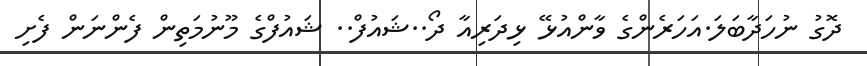
ދޮގު ނުހަދާބަލަ.އަހަރެންގެ ވާންއުޅޭ ޅިދަރިއާ ދޯ..ޝައުފް.. ޝައުފްގެ މޫނުމަތިން ފެންނަން ފެށި